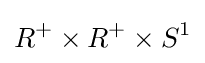
R^{+}\times R^{+}\times S^{1}